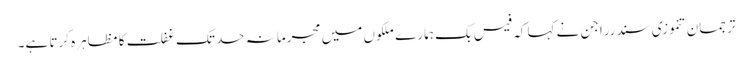
ترجمان تنموزی سندرراجن نے کہا کہ فیس بک ہمارے ملکوں میں مجرمانہ حد تک غفلت کا مظاہرہ کرتا ہے۔